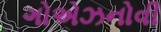
ગોએઝનોવી